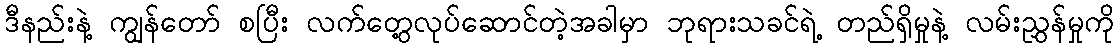
ဒီနည်းနဲ့ ကျွန်တော် စပြီး လက်တွေ့လုပ်ဆောင်တဲ့အခါမှာ ဘုရားသခင်ရဲ့ တည်ရှိမှုနဲ့ လမ်းညွှန်မှုကို